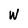
Character: W